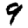
Digit: 9